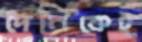
দৈনিকেই